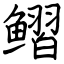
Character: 鳛